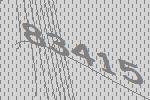
83415